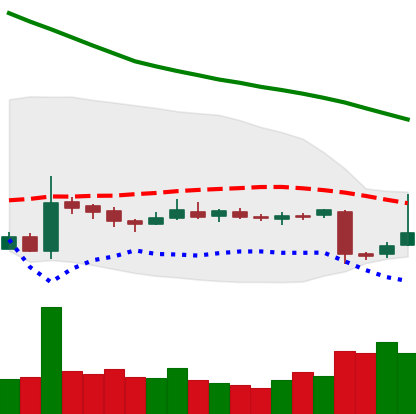
Ticker: EOS-USD
Chart end date: 2018-11-01
Forward return: 8.547%
Label: up_7plus